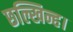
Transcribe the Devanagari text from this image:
छल्खिन्ह।